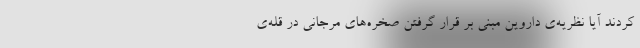
کردند آیا نظریه‌ی داروین مبنی بر قرار گرفتن صخره‌های مرجانی در قله‌ی